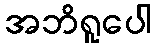
အဘိရူပေါ